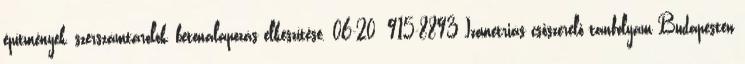
építmények, szerszámtárolók, betonalapozás elkészítése. 06-20 915-8893 Izometriás csőszerelő tanfolyam Budapesten